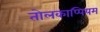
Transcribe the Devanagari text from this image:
तोलकाप्पियम